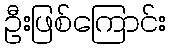
ဦးဖြစ်ကြောင်း